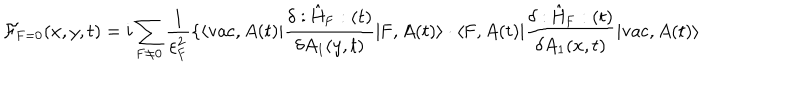
{ \cal F } _ { \mathrm { F } = 0 } ( x , y , t ) = i \sum _ { \mathrm { F } \neq 0 } \frac { 1 } { { \varepsilon } _ { \mathrm { F } } ^ { 2 } } \{ \langle \mathrm { v a c } , A ( t ) | \frac { \delta : \hat { \mathrm { H } } _ { \mathrm { F } } : ( t ) } { \delta A _ { 1 } ( y , t ) } | \mathrm { F } , A ( t ) \rangle \cdot \langle \mathrm { F } , A ( t ) | \frac { \delta : \hat { \mathrm { H } } _ { \mathrm { F } } : ( t ) } { \delta A _ { 1 } ( x , t ) } | \mathrm { v a c } , A ( t ) \rangle